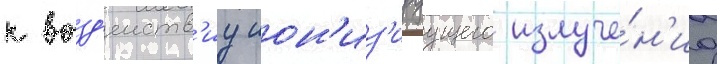
к возд'еиств'иу ион'из'ируущего излуче́н'иа